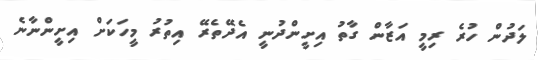
ލަދުން ހުރެ ރިމީ އަޒާން ގާތު އިށީންދުނީ އެދޭތެރޭ އިތުރު މީހަކަށް އިށީންނާނެ